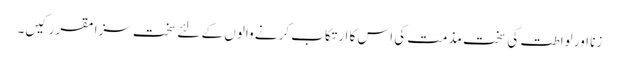
زنا اور لواطت کی سخت مذمت کی اس کا ارتکاب کرنے والوں کے لئے سخت سزا مقرر کیں۔